Civil Veterinary Department Bengal reports 1923-33 - 1923-1933
Year: 1923
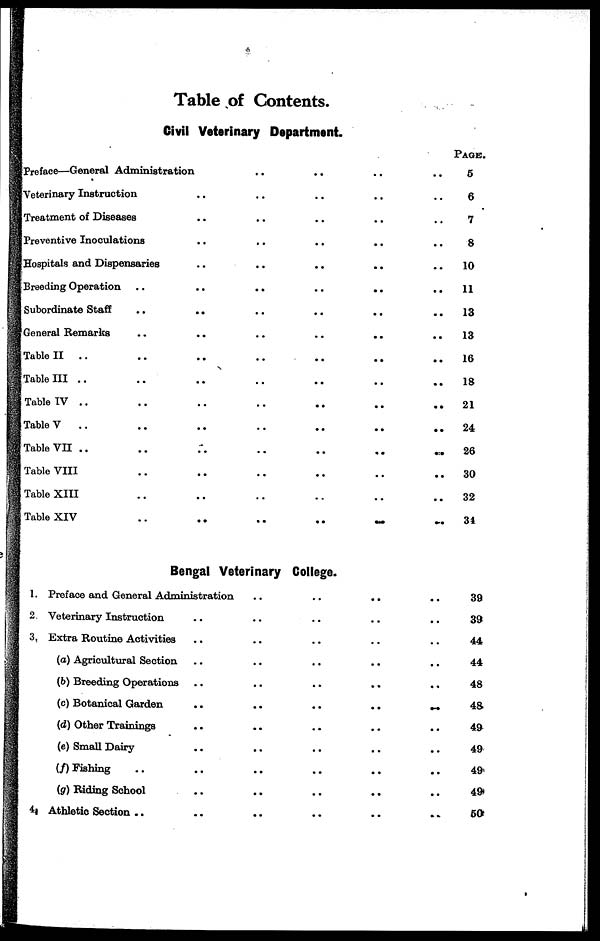
Table of Contents.
Civil Veterinary Department.
Preface—General Administration
Veterinary Instruction
Treatment of Diseases
Preventive Inoculations
Hospitals and Dispensaries
Breeding Operation
Subordinate Staff
General Remarks
Table II
..
Table III ..
Table IV ..
Table V
..
Table VII ..
Table VIII
Table XIII
Table XIV
..
..
..
..
..
..
..
..
..
..
..
..
..
..
..
..
..
..
..
..
..
..
..
..
..
..
..
..
..
..
..
..
..
..
..
..
..
..
..
..
..
..
..
..
..
..
..
..
..
..
..
..
..
..
..
..
..
..
..
..
..
..
..
..
..
..
..
..
..
..
..
..
..
..
..
..
..
..
..
..
..
..
..
..
..
..
..
..
..
..
PAGE.
5
6
7
8
10
11
13
13
16
18
21
24
26
30
32
34
Bengal Veterinary College.
1. Preface and General Administration
2 Veterinary Instruction
3, Extra Routine Activities
(a) Agricultural Section
(6) Breeding Operations
(c) Botanical Garden
(d) Other Trainings
(e) Small Dairy
(f) Fishing ..
(g) Riding School
4 1 Athletic Section ..
..
..
..
..
..
..
..
..
..
..
..
..
..
..
..
..
..
..
..
..
..
..
..
..
..
..
..
..
..
..
..
..
..
..
..
..
..
..
..
..
..
..
..
..
..
..
..
..
..
..
..
..
..
..
39
39
44
44
48
48
49
49
49
49
60